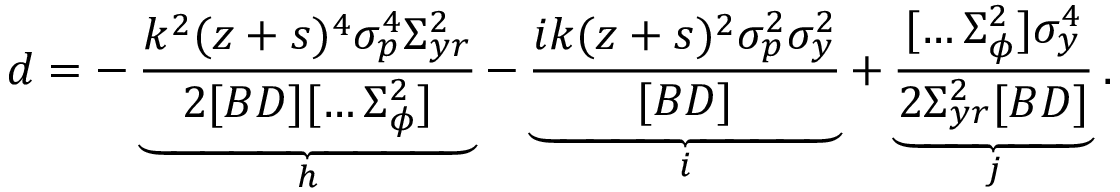
d = - \underbrace { \frac { k ^ { 2 } ( z + s ) ^ { 4 } \sigma _ { p } ^ { 4 } \Sigma _ { y r } ^ { 2 } } { 2 [ B D ] [ \hdots \Sigma _ { \phi } ^ { 2 } ] } } _ { h } - \underbrace { \frac { i k ( z + s ) ^ { 2 } \sigma _ { p } ^ { 2 } \sigma _ { y } ^ { 2 } } { [ B D ] } } _ { i } + \underbrace { \frac { [ \hdots \Sigma _ { \phi } ^ { 2 } ] \sigma _ { y } ^ { 4 } } { 2 \Sigma _ { y r } ^ { 2 } [ B D ] } } _ { j } .